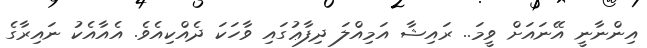
އިންނާނީ އޭނައަށް ވީމަ.. ރައިޝާ އަމިއްލަ ދިފާޢުގައި ވާހަކަ ދެއްކިއެވެ. އެއާއެކު ނައިރާގެ